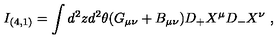
I _ { ( 4 , 1 ) } = \int d ^ { 2 } z d ^ { 2 } \theta ( G _ { \mu \nu } + B _ { \mu \nu } ) D _ { + } X ^ { \mu } D _ { - } X ^ { \nu } \ ,